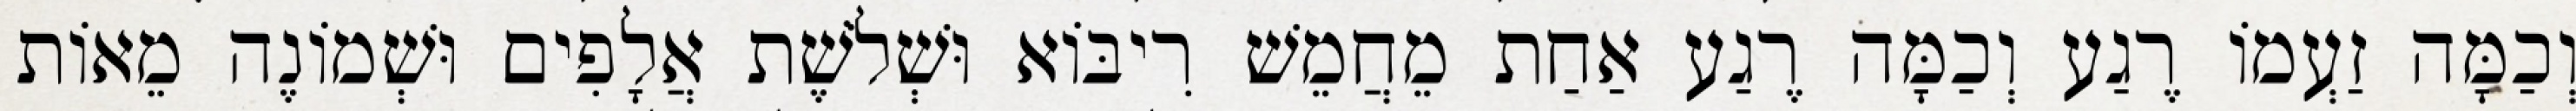
וְכַמָּה זַעְמוֹ רֶגַע וְכַמָּה רֶגַע אַחַת מֵחֲמֵשׁ רִיבּוֹא וּשְׁלֹשֶׁת אֲלָפִים וּשְׁמוֹנֶה מֵאוֹת